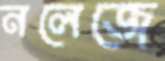
নলেজে